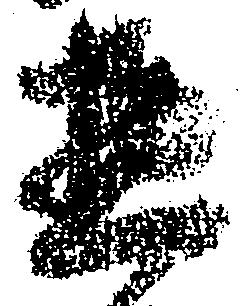
惣